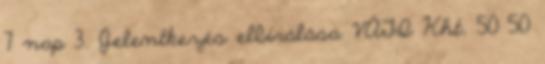
7 nap 3. Jelentkezés elbírálása VÁTI Kht. 50 50